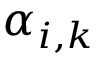
\alpha _ { i , k }